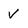
Character: V